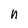
Character: n